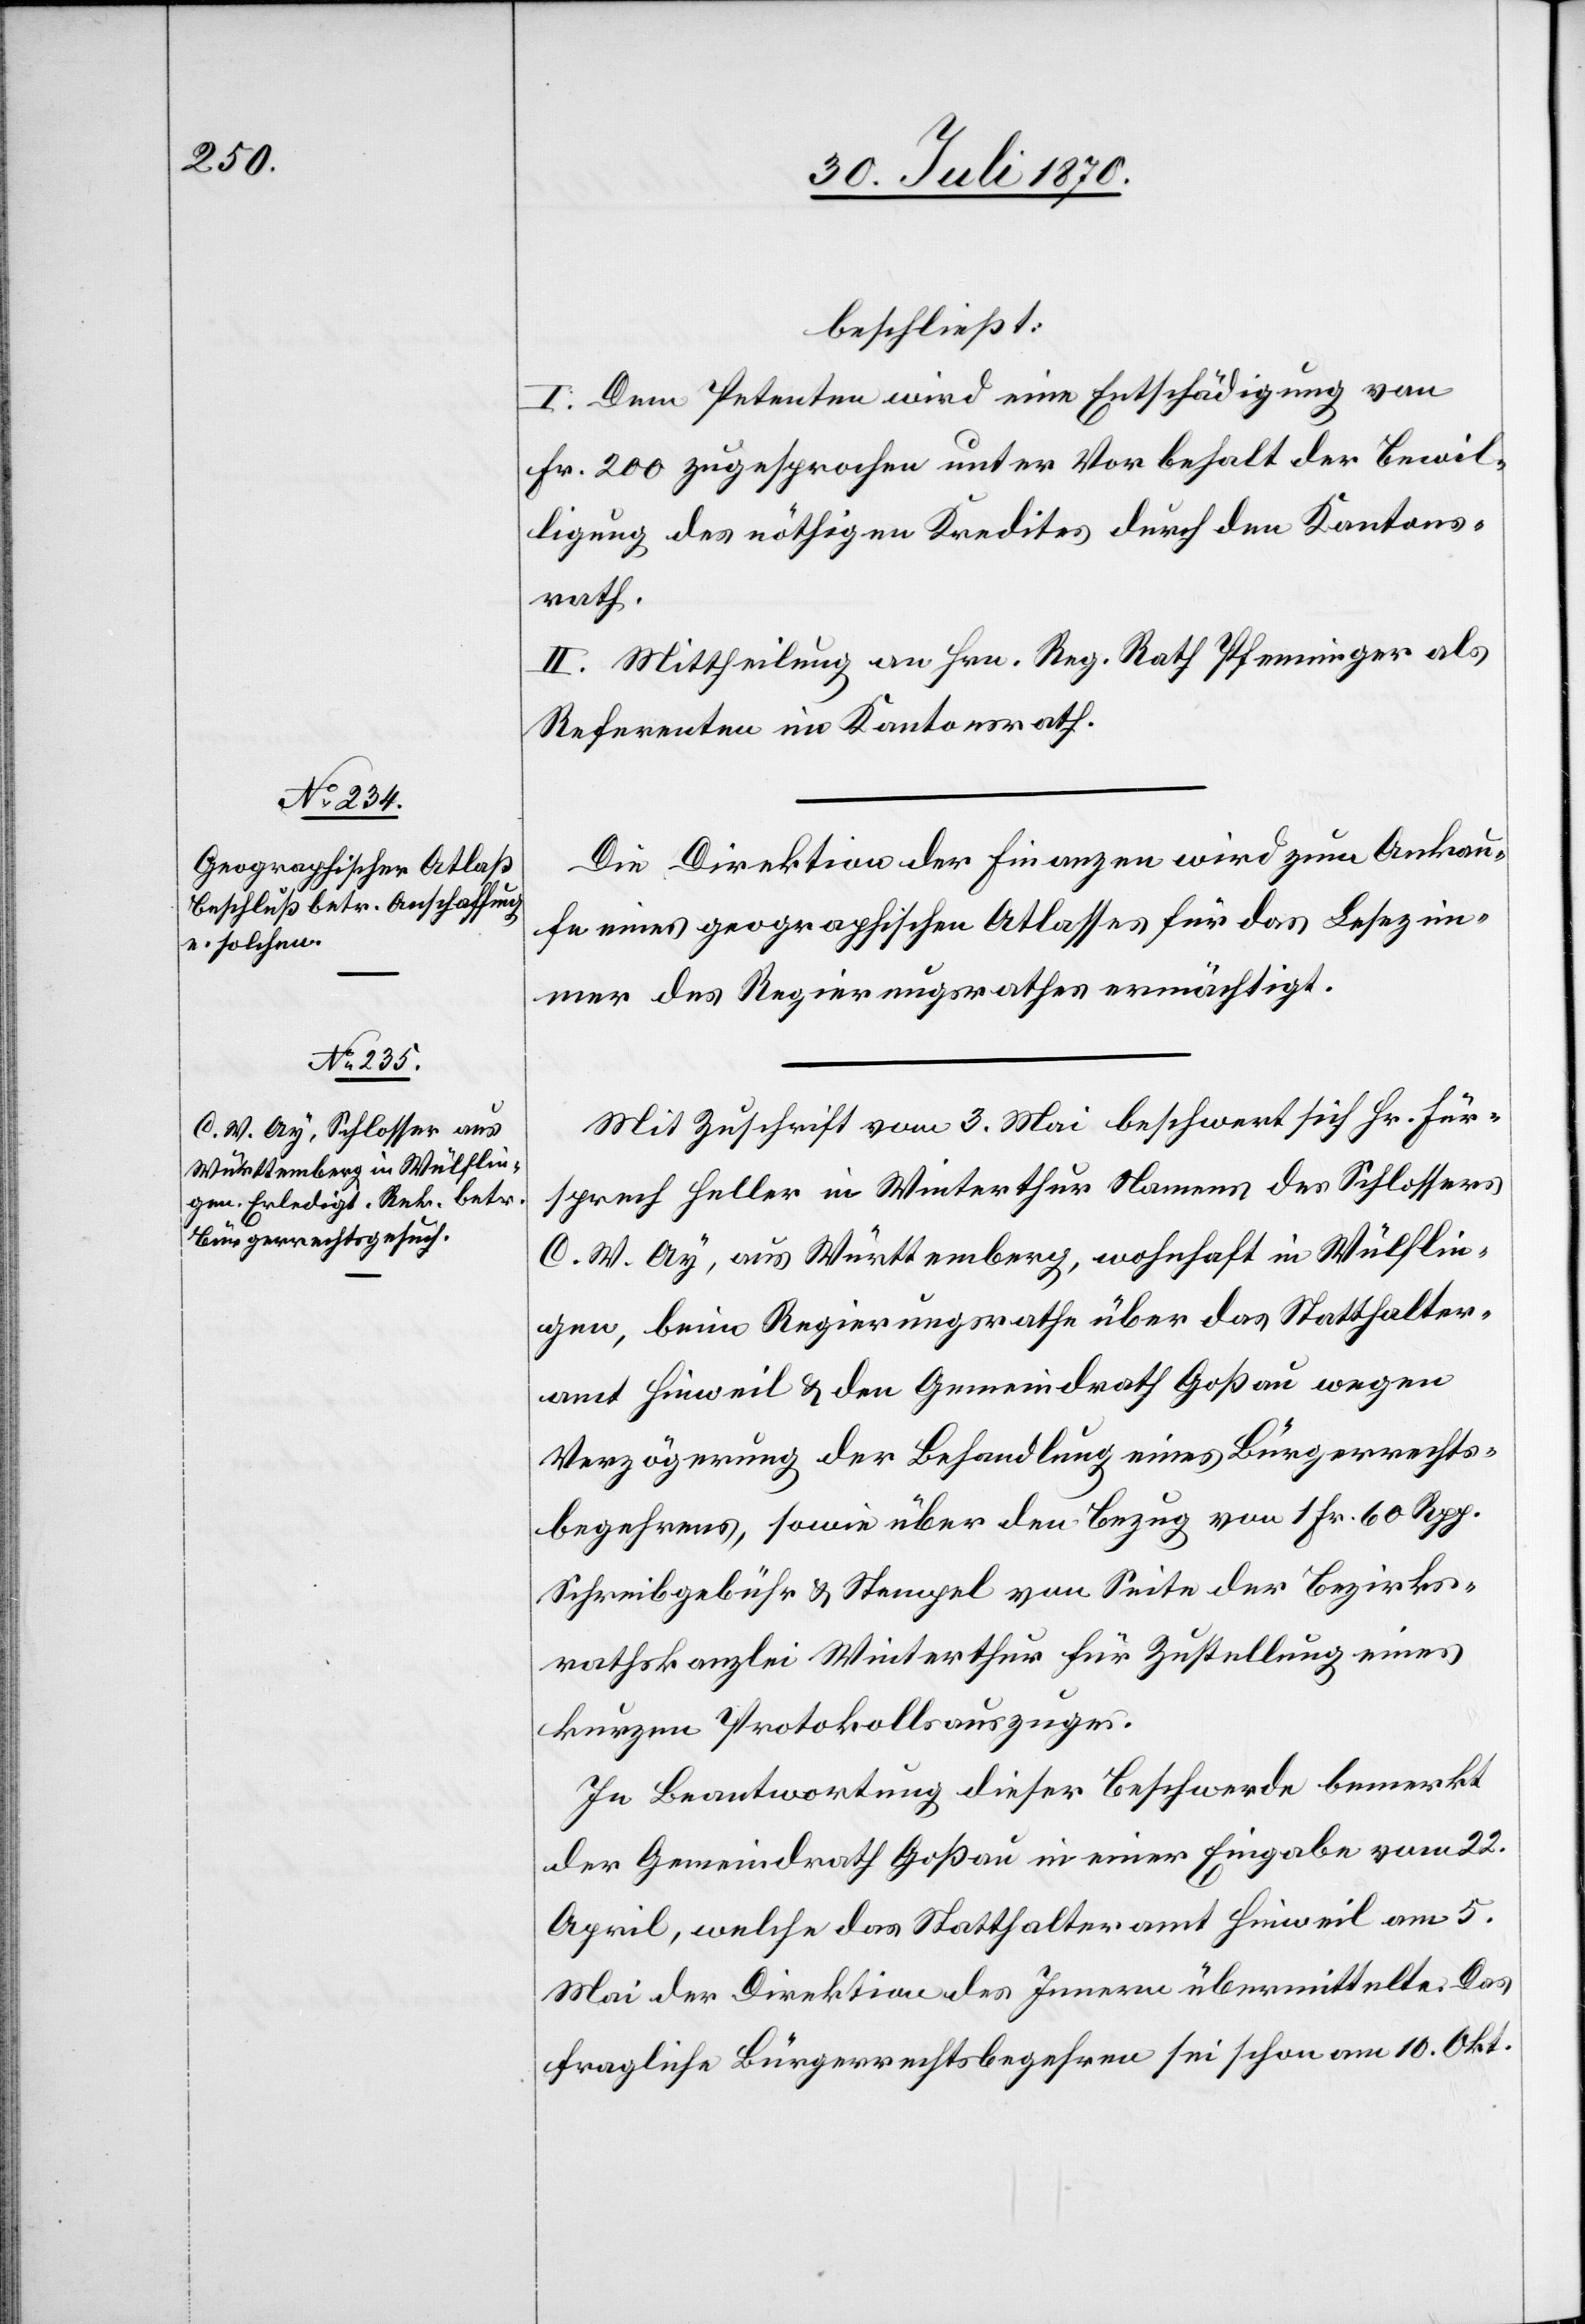
beschließt:
I. Dem Petenten wird eine Entschädigung von
Fr. 200 zugesprochen unter Vorbehalt der Bewil¬
ligung des nöthigen Kredites durch den Kantons¬
rath.
II. Mittheilung an Hrn. Reg. Rath Pfenninger als
Referenten im Kantonsrath.
Die Direktion der Finanzen wird zum Ankau¬
fe eines geographischen Atlasses für das Lesezim¬
mer des Regierungsrathes ermächtigt.
Mit Zuschrift vom 3. Mai beschwert sich Hr. Für¬
sprech Heller in Winterthur Namens des Schlossers
C. W. Ay, aus Württemberg, wohnhaft in Wülflin¬
gen, beim Regierungsrathe über das Statthalter¬
amt Hinweil & den Gemeindrath Goßau wegen
Verzögerung der Behandlung eines Bürgerrechts¬
begehrens, sowie über den Bezug von 1 Fr. 60 Rpp.
Schreibgebühr & Stempel von Seite der Bezirks¬
rathskanzlei Winterthur für Zustellung eines
kurzen Protokollsauszuges.
In Beantwortung dieser Beschwerde bemerkt
der Gemeindrath Goßau in einer Eingabe vom 22.
April, welche das Statthalteramt Hinweil am 5.
Mai der Direktion des Innern übermittelte: Das
fragliche Bürgerrechtsbegehren sei schon am 10. Okt.